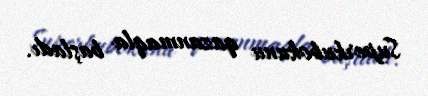
Superkubokunu qazanmaqla başladı.